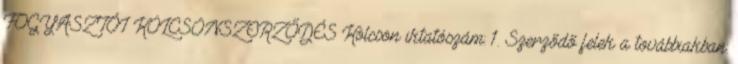
FOGYASZTÓI KÖLCSÖNSZERZŐDÉS Kölcsön iktatószám: 1. Szerződő felek a továbbiakban: